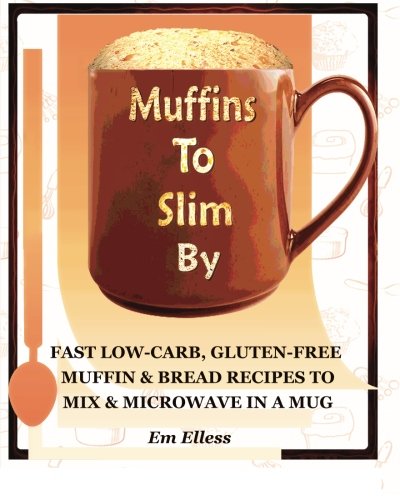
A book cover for Muffins to Slim By: Fast Low-Carb, Gluten-Free  Bread & Muffin Recipes to Mix and Microwave in a Mug (Volume 1); Em Elless; Cookbooks, Food & Wine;